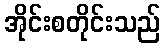
အိုင်းစတိုင်းသည်